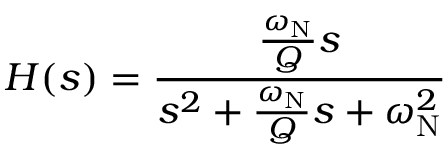
H ( s ) = { \frac { { \frac { \omega _ { \mathrm { N } } } { Q } } s } { s ^ { 2 } + { \frac { \omega _ { \mathrm { N } } } { Q } } s + \omega _ { \mathrm { N } } ^ { 2 } } }